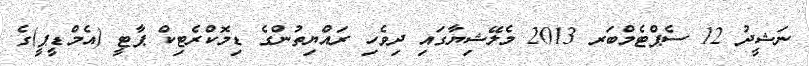
ނަޝީދު 12 ސެޕްޓެމްބަރ 2013 މެލޭޝިޔާގައި ދިވެހި ރައްޔިތުންގެ ޑިމޮކްރެޓިކް ޕާޓީ (އެމްޑީޕީ)ގެ